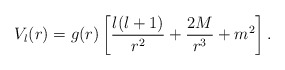
\begin{align*}V_l(r)=g(r)\left[{l(l+1)\over r^2}+{2M\over r^3}+m^2\right].\end{align*}